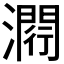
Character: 𤀵